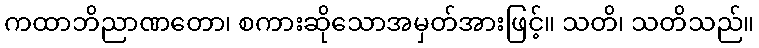
ကထာဘိညာဏတော၊ စကားဆိုသောအမှတ်အားဖြင့်။ သတိ၊ သတိသည်။